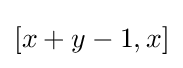
[x+y-1,x]